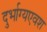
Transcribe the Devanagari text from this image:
दुर्भाग्यएवश